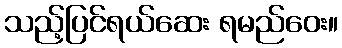
သည့်ပြင်ရယ်ဆေး ရမည်ဝေး။